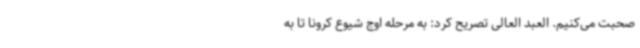
صحبت می‌کنیم. العبد العالی تصریح کرد: به مرحله اوج شیوع کرونا تا به